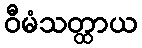
ဝီမံသတ္ထာယ